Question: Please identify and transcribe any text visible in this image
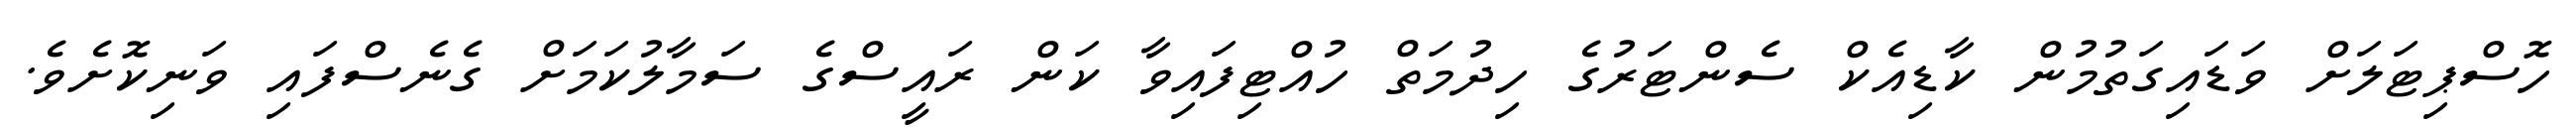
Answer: ހޮސްޕިޓަލަށް ވަޑައިގަތުމުން ކާޑިއެކް ސެންޓަރުގެ ހިދުމަތް ހުއްޓިފައިވާ ކަން ރައީސްގެ ސަމާލުކަމަށް ގެނެސްފައި ވަނިކޮށެވެ.